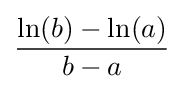
{\frac {\ln(b)-\ln(a)}{b-a}}